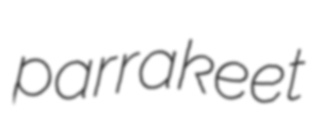
parrakeet